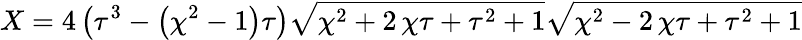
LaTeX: X=4\, {\left({\tau}^{3}-{\left({\chi}^{2}-1\right)}{\tau}\right)}\sqrt{{\chi}^{2}+2\, {\chi}{\tau}+{\tau}^{2}+1}\sqrt{{\chi}^{2}-2\, {\chi}{\tau}+{\tau}^{2}+1}